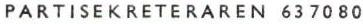
PARTISEKRETERAREN 637080